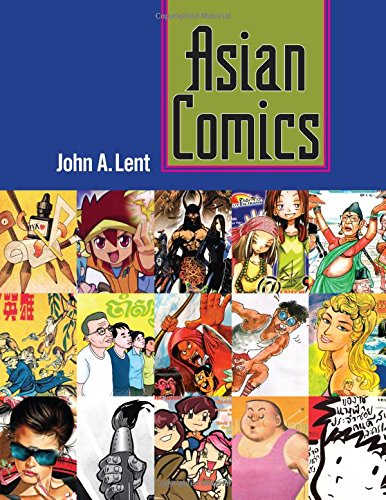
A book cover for Asian Comics; John A. Lent; Comics & Graphic Novels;